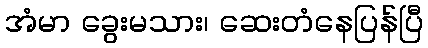
အံမာ ခွေးမသား၊ ဆေးတံနေပြန်ပြီ